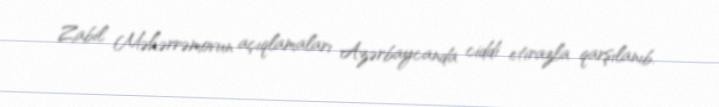
Zabil Məhərrəmovun açıqlamaları Azərbaycanda ciddi etirazla qarşılanıb.